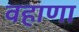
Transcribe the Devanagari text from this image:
वहाणा